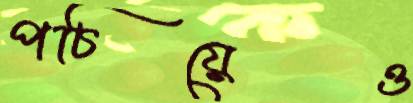
পচিয়েও